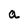
Character: a